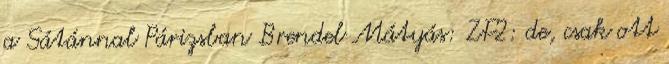
a Sátánnal Párizsban Brendel Mátyás: ZF2: de, csak ott